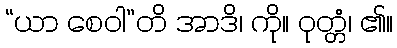
“ယာ စေဝါ”တိ အာဒိ၊ ကို။ ဝုတ္တံ၊ ၏။